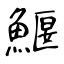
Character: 鰋